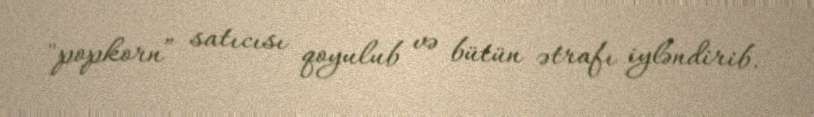
"popkorn” satıcısı qoyulub və bütün ətrafı iyləndirib.